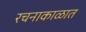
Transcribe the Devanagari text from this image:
रचनाकाळात